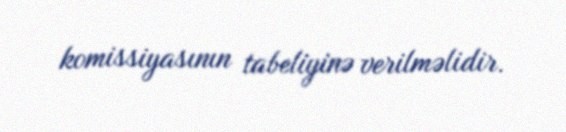
komissiyasının tabeliyinə verilməlidir.